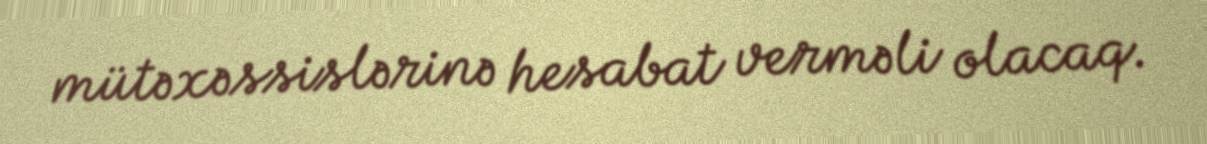
mütəxəssislərinə hesabat verməli olacaq.